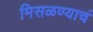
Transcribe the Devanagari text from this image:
मिसळण्याचं